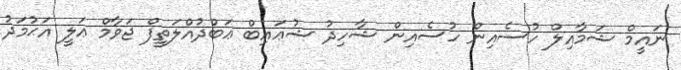
ނައީމް ޝަމާއިލް ހުސެއިން ހުސެއިން ޝާހިދު ޝުޢައިބް ޢަބްދުއްލަތީފް ޖަވާމް ޢަލީ އަޙުމަދު